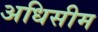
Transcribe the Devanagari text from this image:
अधिसीम